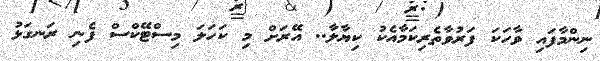
ނިންމާފައި ވާހަކަ ފަރުވާތެރިކަމާއެކު ކިޔާލާ.. އޭރަށް މި ކަހަލަ މިސްޓޭކްސް ފެނި ރަނގަޅު